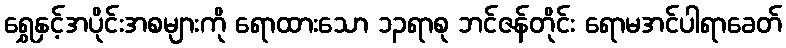
ရွှေနှင့်အပိုင်းအစများကို ရောထားသော ၁၃ရာစု ဘင်ဇန်တိုင်း ရောမအင်ပါရာခေတ်